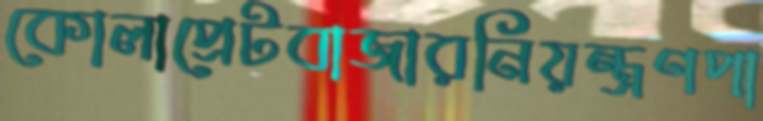
কোলাপ্রেটবাজারনিয়ন্ত্রণপা